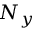
N _ { y }